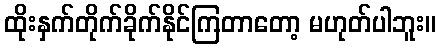
ထိုးနှက်တိုက်ခိုက်နိုင်ကြတာတော့ မဟုတ်ပါဘူး။